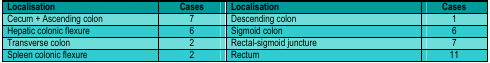
<table><thead><tr><td><b>Localisation</b></td><td><b>Cases</b></td><td><b>Localisation</b></td><td><b>Cases</b></td></tr></thead><tbody><tr><td>Cecum and Ascending colon</td><td>7</td><td>Descending colon </td><td>1</td></tr><tr><td>Hepatic colonic flexure</td><td>6</td><td>Sigmoid colon</td><td>6</td></tr><tr><td>Transverse colon</td><td>2</td><td>Rectal–sigmoid juncture</td><td>7</td></tr><tr><td>Spleen colonic flexure</td><td>2</td><td>Rectum</td><td>11</td></tr></tbody></table>